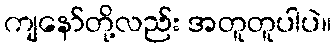
ကျနော်တို့လည်း အတူတူပါပဲ။